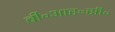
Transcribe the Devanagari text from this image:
बी॰आर॰सी॰